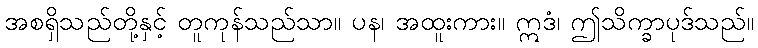
အစရှိသည်တို့နှင့် တူကုန်သည်သာ။ ပန၊ အထူးကား။ ဣဒံ၊ ဤသိက္ခာပုဒ်သည်။